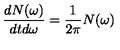
\frac { d N ( \omega ) } { d t d \omega } = \frac { 1 } { 2 \pi } N ( \omega )